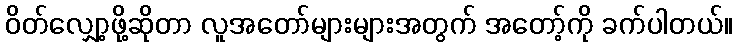
ဝိတ်လျှော့ဖို့ဆိုတာ လူအတော်များများအတွက် အတော့်ကို ခက်ပါတယ်။